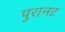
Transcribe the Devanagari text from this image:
पुरानट